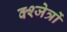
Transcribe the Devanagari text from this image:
क्श्जेत्रों